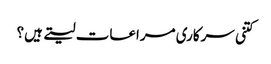
کتنی سرکاری مراعات لیتے ہیں؟